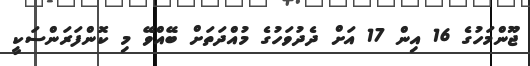
ޖޫންމަހުގެ 16 އިން 17 އަށް ދެދުވަހުގެ މުއްދަތަށް ބޭއްވޭ މި ކޮންފަރަންސަކީ